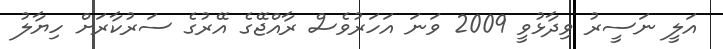
އަލީ ނަސީރު ވިދާޅުވީ 2009 ވަނަ އަހަރުވެސް ރާއްޖޭގެ އޭރުގެ ސަރުކާރަށް ހިޔާލު